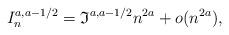
LaTeX: \begin{align*} I_n^{a,a-1/2}={\frak I}^{a,a-1/2}{n^{2a}}+o(n^{2a}), \end{align*}